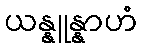
ယန္နူန္နာဟံ